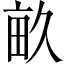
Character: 畝